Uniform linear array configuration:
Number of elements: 32
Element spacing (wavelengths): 0.75
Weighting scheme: uniform
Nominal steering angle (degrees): -15
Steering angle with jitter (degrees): -14.228
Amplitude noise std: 0.05
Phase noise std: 0.05

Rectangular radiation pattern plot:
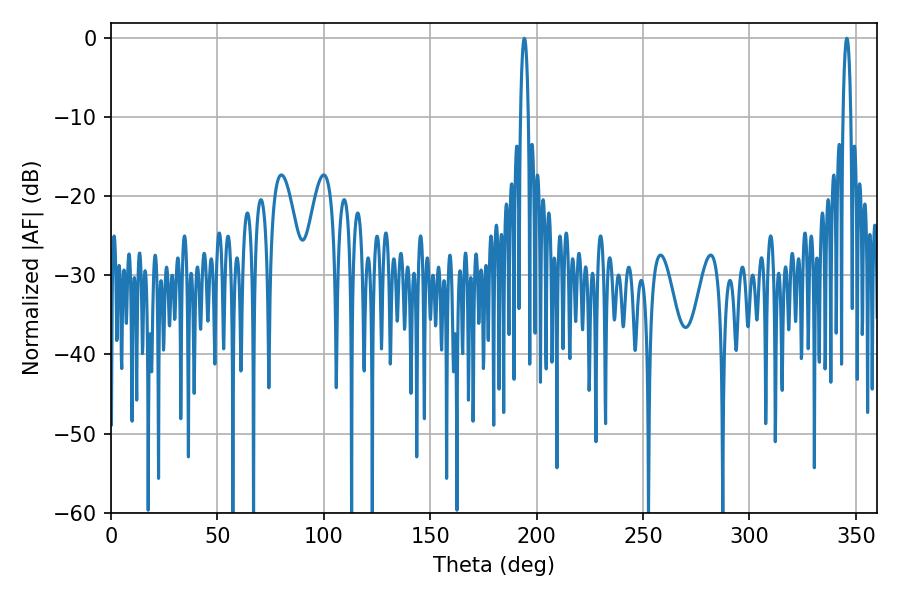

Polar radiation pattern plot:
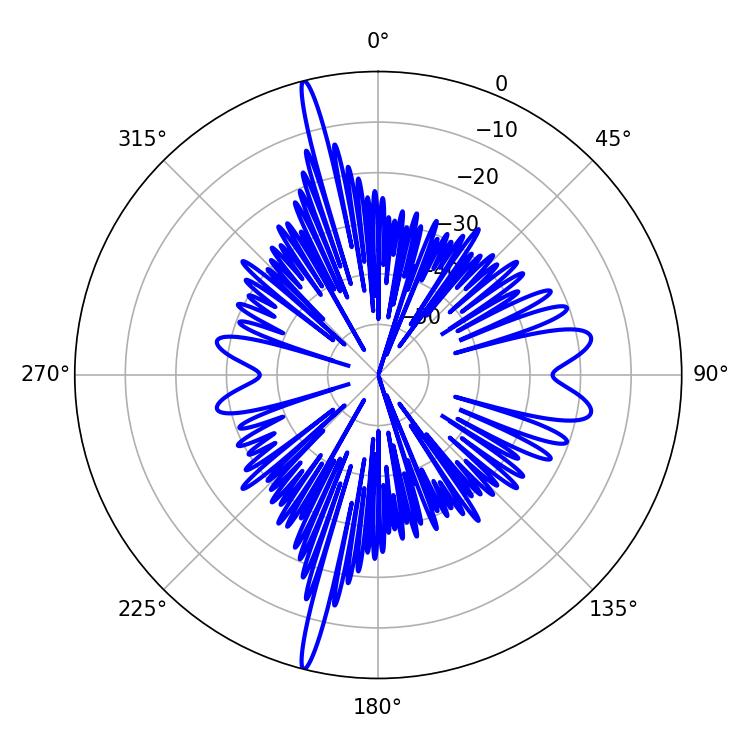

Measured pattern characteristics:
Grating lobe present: TRUE
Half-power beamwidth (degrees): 2.16
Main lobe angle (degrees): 345.78